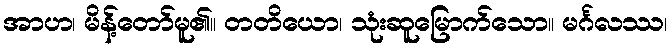
အာဟ၊ မိန့်တော်မူ၏။ တတိယော၊ သုံးဆူမြောက်သော။ မင်္ဂလဿ၊